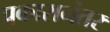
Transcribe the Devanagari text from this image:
प्रकारानंतर